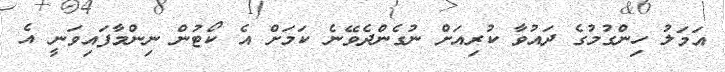
އަމަލު ހިންގުމުގެ ދައުވާ ކުރިއަށް ނުގެންދެވޭނެ ކަމަށް އެ ކޯޓުން ނިންމާފައިވަނީ އެ